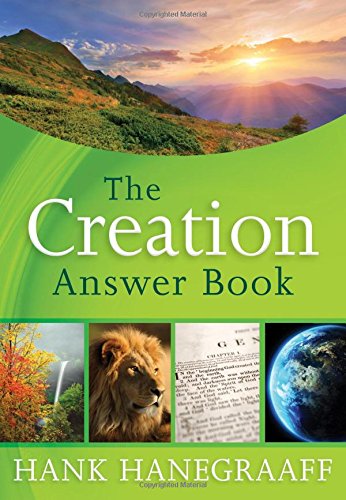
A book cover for The Creation Answer Book; Hank Hanegraaff; Christian Books & Bibles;